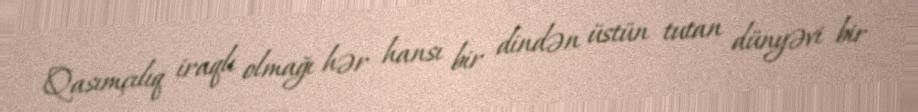
Qasımçılıq iraqlı olmağı hər hansı bir dindən üstün tutan dünyəvi bir